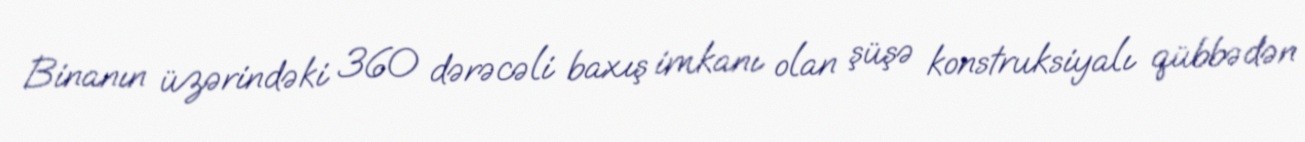
Binanın üzərindəki 360 dərəcəli baxış imkanı olan şüşə konstruksiyalı qübbədən